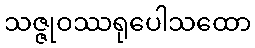
သဇ္ဇုဝဿရုပေါသထော